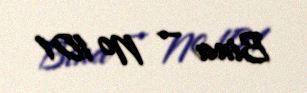
Bina — № 101